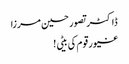
ڈاکٹر تصور حسین مرزا
غیور قوم کی بیٹی !